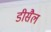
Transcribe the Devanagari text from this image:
डीसैल